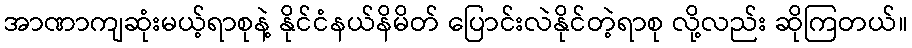
အာဏာကျဆုံးမယ့်ရာစုနဲ့ နိုင်ငံနယ်နိမိတ် ပြောင်းလဲနိုင်တဲ့ရာစု လို့လည်း ဆိုကြတယ်။